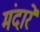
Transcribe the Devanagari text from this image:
मंदारे